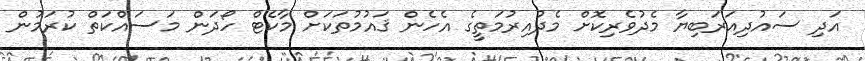
އަދި ސައުދިއަރަބިޔާ މެދުވެރިކޮށް މެދުއިރުމަތީގެ އެހެން ޤައުމުތަކަށް މާކެޓް ހޯދަން މަސައްކަތް ކުރަމުން